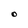
Character: O